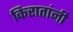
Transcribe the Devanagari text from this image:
किरातांनी